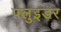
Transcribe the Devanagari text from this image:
फ्लुइडर